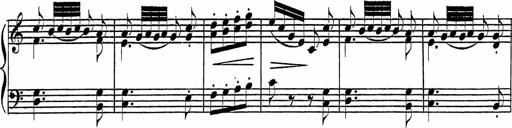
Title: Piano Sonatinas
Composer: Charles Fradel